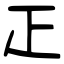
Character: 𤴓